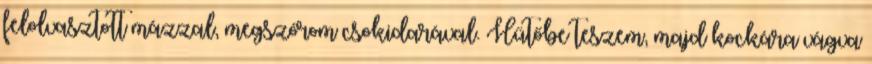
felolvasztott mázzal, megszórom csokidarával. Hűtőbe teszem, majd kockára vágva